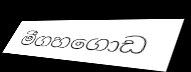
මීගහගොඩ